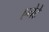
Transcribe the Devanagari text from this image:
एनेटे